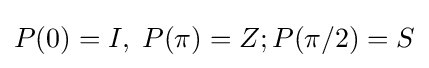
P(0)=I,\;P(\pi )=Z;P(\pi /2)=S